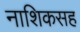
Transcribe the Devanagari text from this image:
नाशिकसह